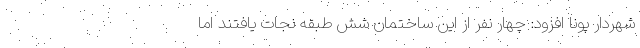
شهردار پونا افزود: چهار نفر از این ساختمان شش طبقه نجات یافتند اما